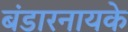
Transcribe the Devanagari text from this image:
बंडारनायके